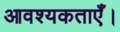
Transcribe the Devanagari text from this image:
आवश्यकताएँ।